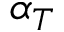
\alpha _ { T }